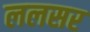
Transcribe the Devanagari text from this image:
ललसर